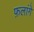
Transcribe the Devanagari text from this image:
फ़लांगे